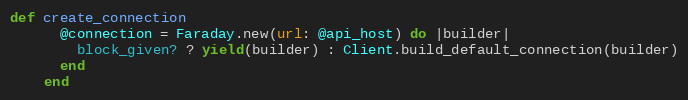
Language: Ruby
def create_connection
      @connection = Faraday.new(url: @api_host) do |builder|
        block_given? ? yield(builder) : Client.build_default_connection(builder)
      end
    end